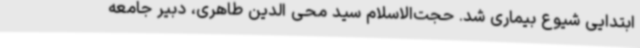
ابتدایی شیوع بیماری شد. حجت‌الاسلام سید محی الدین طاهری، دبیر جامعه